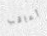
أعاقب